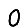
Digit: 0